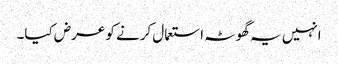
انہیں یہ گھوٹہ استعمال کرنے کو عرض کیا۔